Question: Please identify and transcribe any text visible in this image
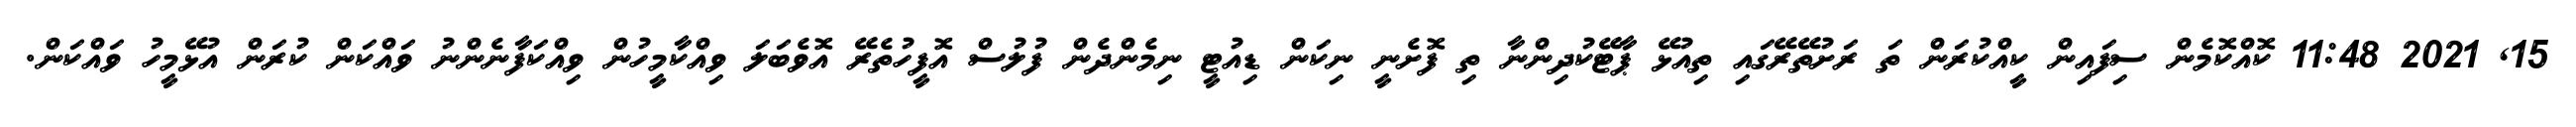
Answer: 15, 2021 11:48 ކޮއްކޮމެން ސިފައިން ކީއްކުރަން ތަ ރަށުތޭރޭގައި ތިއުޅޭ ޕާޓޭކުދިންނާ ތި ފޮށެނީ ނިކަން ޑިއުޓީ ނިމެންދެން ފުލުސް އޮފީހުތެރޭ އޮވެބަލަ ވިއްކާމީހުން ވިއްކަފާނެންނު ވައްކަން ކުރަން އުޅޭމީހު ވައްކަން.